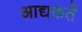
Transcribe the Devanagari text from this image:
आद्यकर्ते